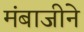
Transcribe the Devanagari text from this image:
मंबाजीने